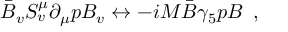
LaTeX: \bar { B } _ { v } S _ { v } ^ { \mu } \partial _ { \mu } p B _ { v } \leftrightarrow - i M \bar { B } \gamma _ { 5 } p B \, \, \, ,